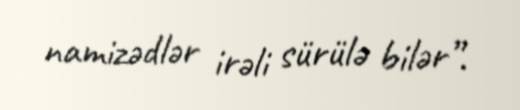
namizədlər irəli sürülə bilər”.